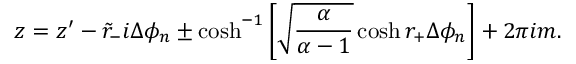
z = z ^ { \prime } - \tilde { r } _ { - } i \Delta \phi _ { n } \pm \cosh ^ { - 1 } \left[ \sqrt { \frac { \alpha } { \alpha - 1 } } \cosh r _ { + } \Delta \phi _ { n } \right] + 2 \pi i m .